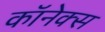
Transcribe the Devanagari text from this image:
कॉनेक्स